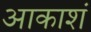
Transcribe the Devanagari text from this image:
आकाशं